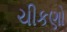
ચીકણો